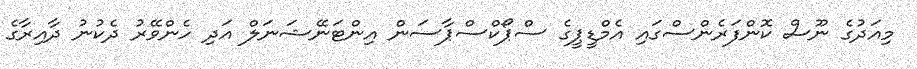
މިއަދުގެ ނޫސް ކޮންފަރެންސްގައި އެމްޑީޕީގެ ސްޕޯކްސްޕާސަން އިންޓަނޭޝަނަލް އަދި ހެންވޭރު ދެކުނު ދާއިރާގެ